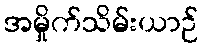
အမှိုက်သိမ်းယာဉ်